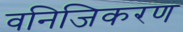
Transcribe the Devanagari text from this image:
वनिजिकरण